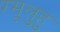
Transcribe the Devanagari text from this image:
रसूलुहु